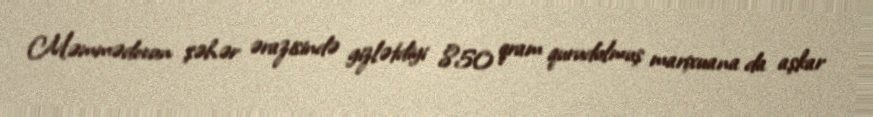
Məmmədovun şəhər ərazisində gizlətdiyi 850 qram qurudulmuş marixuana da aşkar